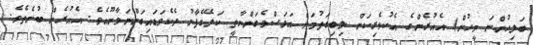
ބަލިހުންނަ މީހުން) އެއުރެންގެ އެކުވެރިކަން ލިބިގަތުމަށް އަވަސްވެގަންނާތީ ކަލޭގެފާނު ދެކެވަޑައިގަންނަވާނޫއެވެ. އެއުރެން ބުނެތެވެ.